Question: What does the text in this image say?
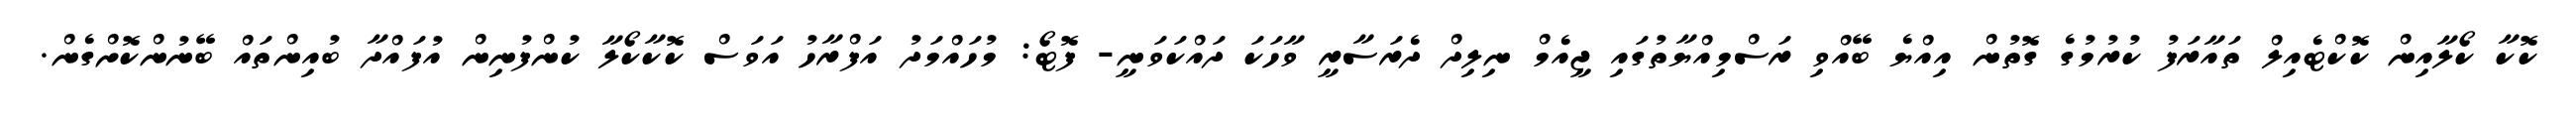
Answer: ކޮކާ ކޯލާއިން ކޮކްޓެއިލް ތައާރަފު ކުރުމުގެ ގޮތުން އިއްޔެ ބޭއްވި ރަސްމިއްޔާތުގައި ޖީއެމް ނިލިދް ދެރަސާރީ ވާހަކަ ދައްކަވަނީ- ފޮޓޯ: މުހައްމަދު އަފްރާހު އަވަސް ކޮކާކޯލާ ކުންފުނިން އުފައްދާ ބުއިންތައް ބޭނުންކޮށްގެން.